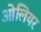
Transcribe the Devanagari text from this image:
ओलियर